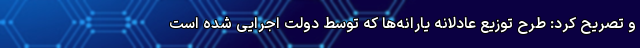
و تصریح کرد: طرح توزیع عادلانه یارانه‌ها که توسط دولت اجرایی شده است